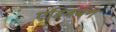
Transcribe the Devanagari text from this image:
एडिनर्बग